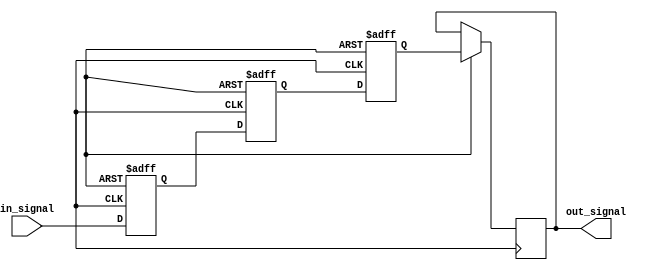
module synchronizer(
  input wire in_signal,
  output reg out_signal
);

reg [2:0] flop1, flop2, flop3;

always @(posedge clk or negedge rst) begin
  if (!rst) begin
    flop1 <= 1'b0;
    flop2 <= 1'b0;
    flop3 <= 1'b0;
  end else begin
    flop1 <= in_signal;
    flop2 <= flop1;
    flop3 <= flop2;
    out_signal <= flop3;
  end
end

endmodule